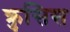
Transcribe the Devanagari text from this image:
क्रुसिस